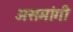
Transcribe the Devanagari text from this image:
असमांगी